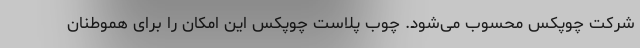
شرکت چوپکس محسوب می‌شود. چوب پلاست چوپکس این امکان را برای هموطنان